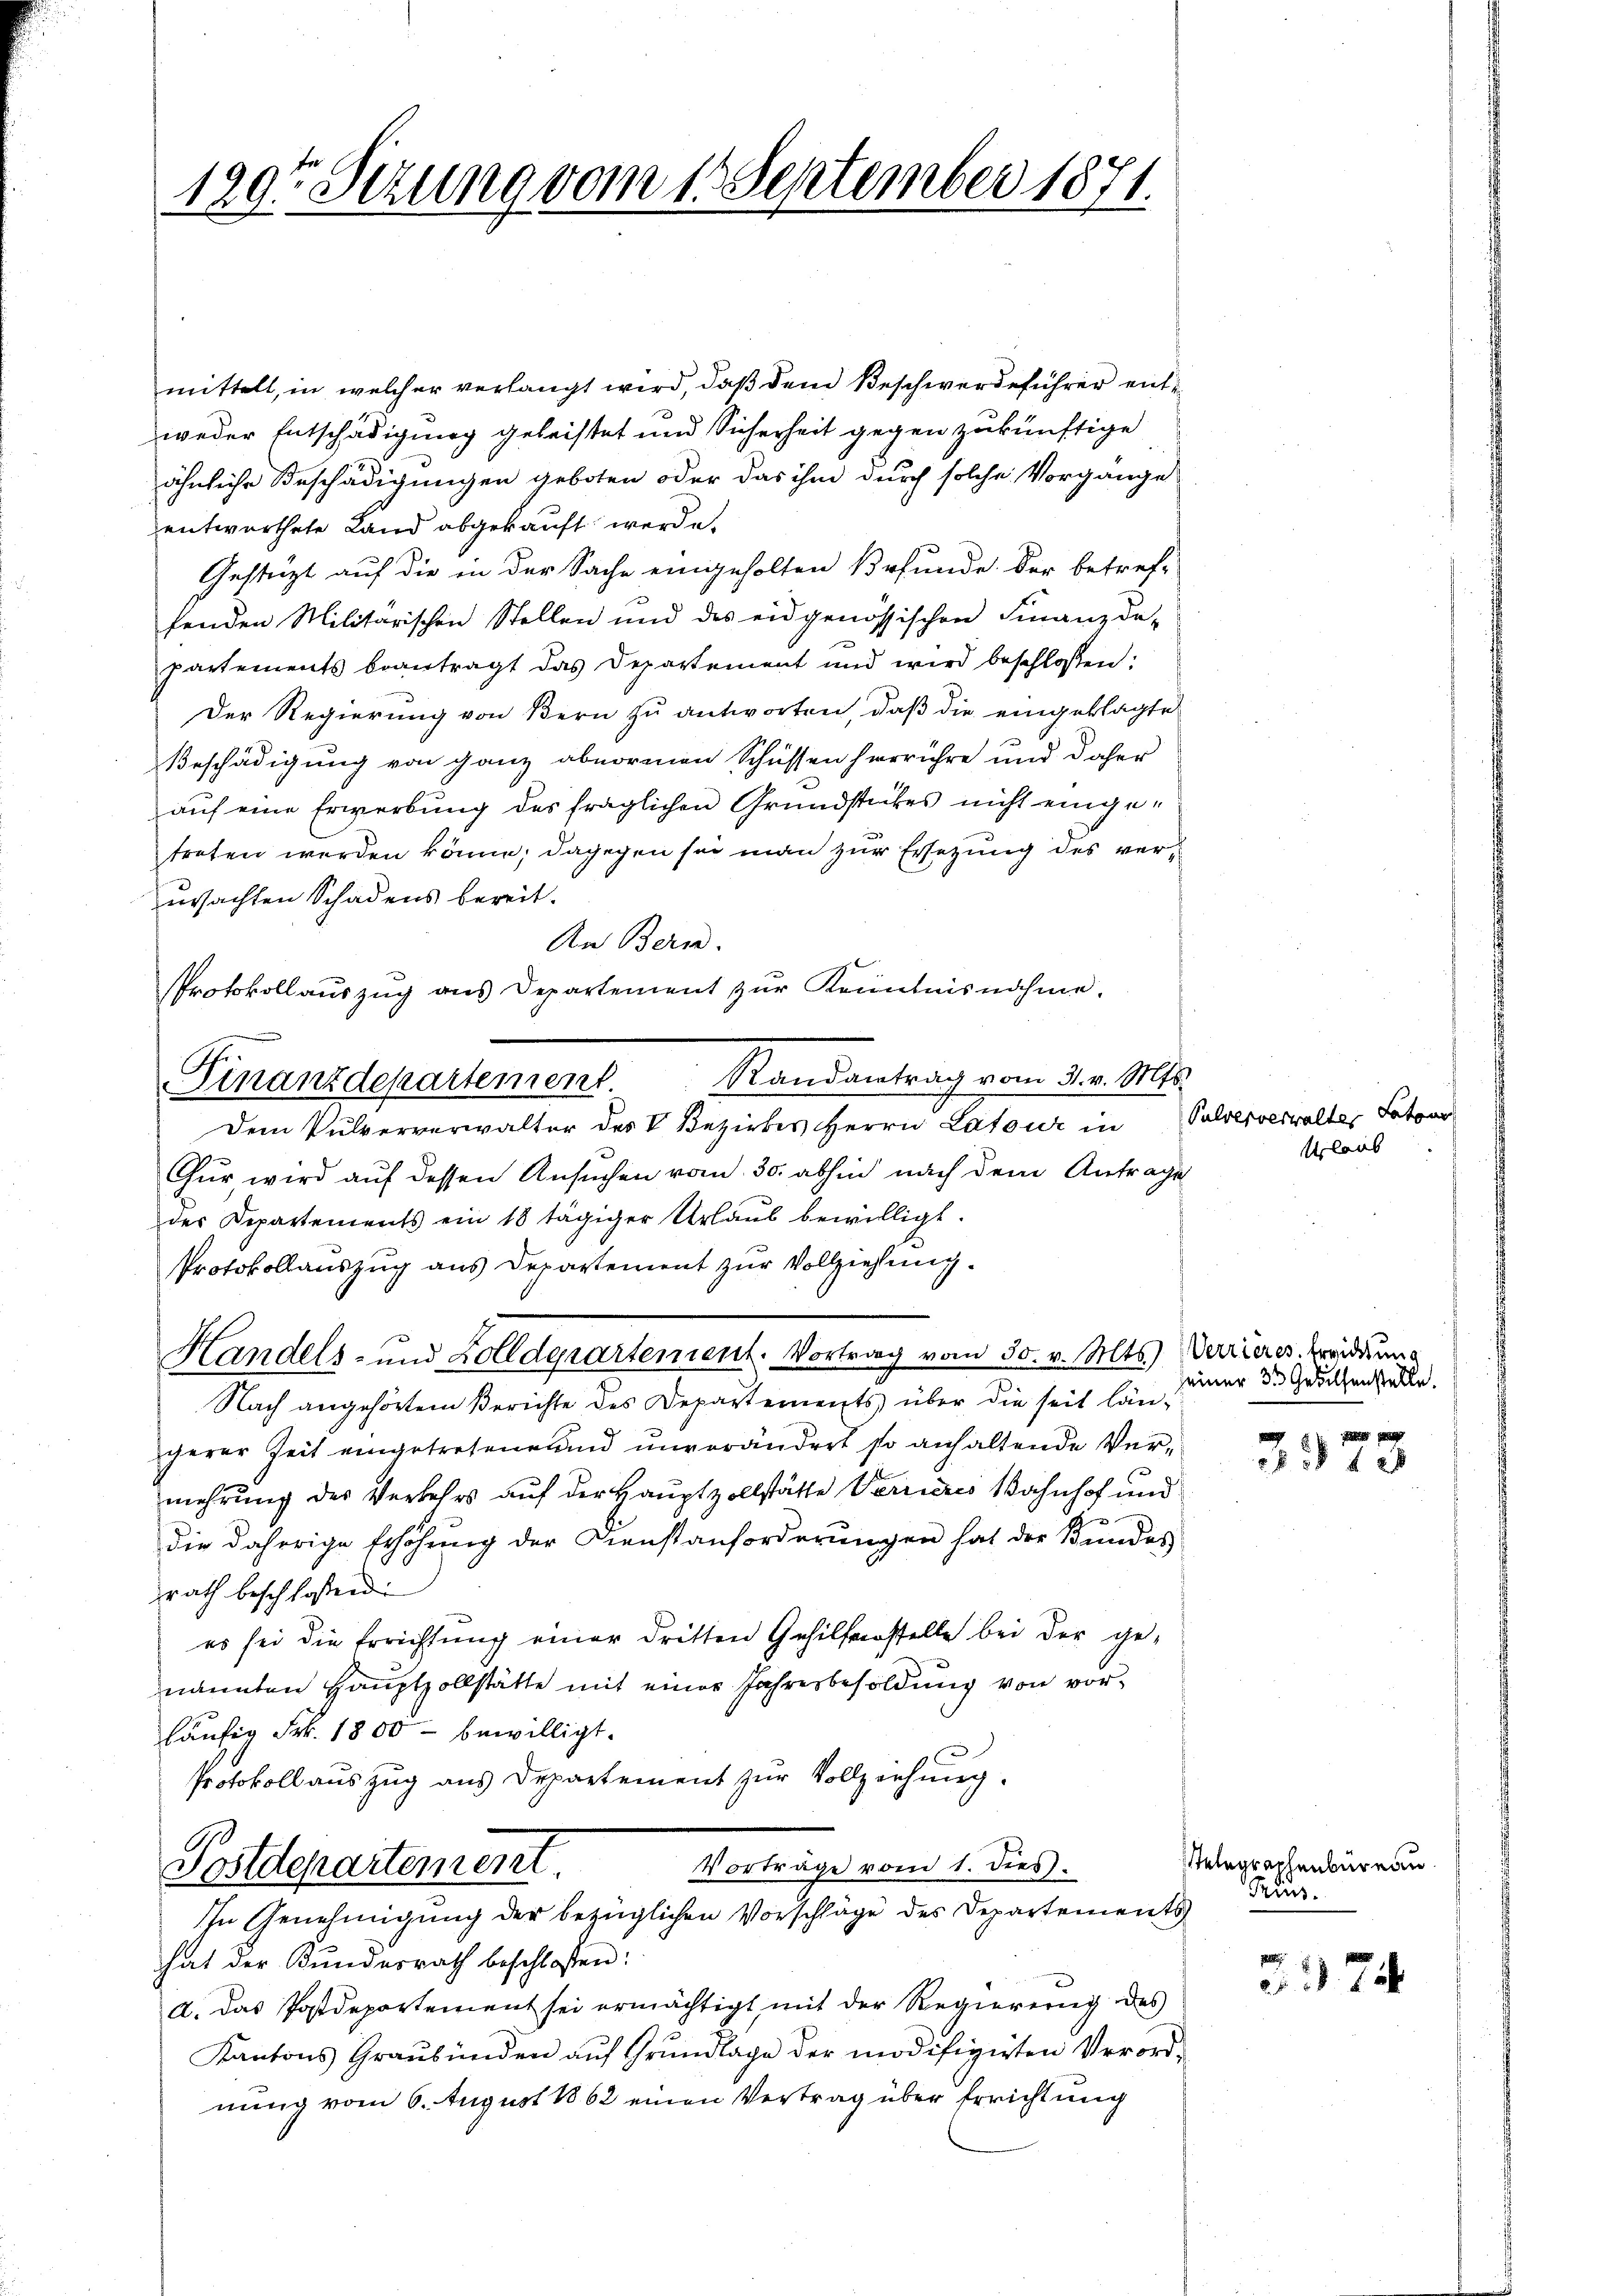
129ten Sezung vom 18 September 1871.

mittelt, in welcher verlangt wird, daß dem Beschwerdeführer entweder Entschädigung geleistet und Sicherheit gegen zukünftige
ähnliche Beschädigungen geboten oder das ihm durch solche Vorgange
entwurthete Land abgekauft werde.
Gestützt auf die in der Sache eingeholten Befunde. Der betref-
fenden Militarischen Stellen und des eidgenössischen Finanzde-
partements beantragt das Departement und wird beschlossen:
Der Regierung von Bern zu antworten, daß die eingeklagte
Beschädigung von ganz abnormen Schüssen herrühre und daher
auf eine Erwerbung des fraglichen Grundstückes nicht eingetreten werden könne; dagegen sei man zur Ersezung des verursachten Schadens bereit.
An Bern.
Randantrag vom 3. v. Mts.
Dem Pulververwalter des V. Bezirkes Herrn Latour in
Chur wird auf dessen Ansuchen vom 30. abhin nach dem Antrage
des Departements ein 18 tägiger Urlaŭb bewilligt.
Protokollauszug aus Departement zur Vollziehung.
Handels- und Zolldepartenient. Vortrag vom 30. v. Mts.)
Nach angehörtem Berichte des Departements über die seit längerer Zeit eingetretene und unverändert so anhaltende Vermehrung des Verkehrs auf der Hauptzollstätte Verrieres Bahnhof und
die daherige Erhöhung der Dienstanforderungen hat der Bundes
rath beschlossen:
es sei die Errichtung einer dritten Gehilferstelle bei der genannten Hauptzollstätte mit einer Jahresbesoldung von vorläufig Frk. 1800 - bewilligt.
Protokoll auszug aus Departement zur Vollziehung.
Vorträge vom 1. dies
Postdepartement
IIn Genehmigung der bezüglichen Vorschläge des Departements
hat der Kundesrath beschlossen:
a. Das Postdepartement sei ermächtigt, mit der Regierering des
Kantons Graubünden aŭf Grŭndlage der modifizirten Verord-
nung vom 6. August 1862 einen Vertrag über Errichtung

Protokollauszug aus Departement zur Kenntnisnahme.
Finanzdepartement.

Pulververwalte, Saton
Urlaub

Verrieres. Errichtung
seiner 3 Gebilfenstelle.

3313

Selegraphenbüreau
Pruns.

7
374